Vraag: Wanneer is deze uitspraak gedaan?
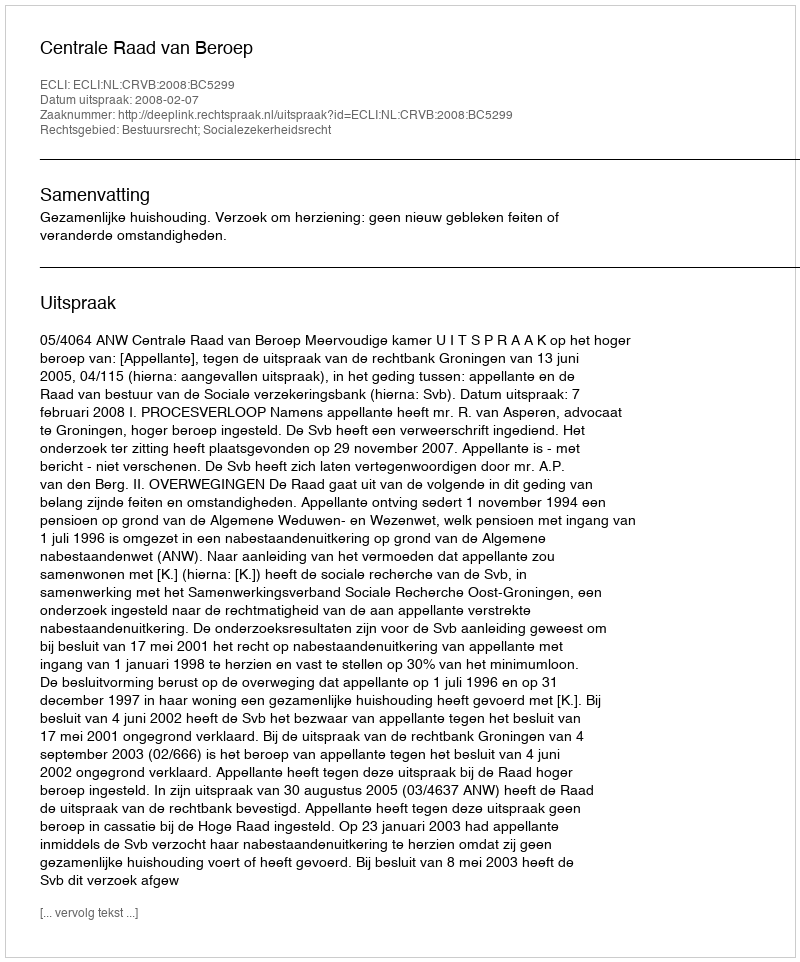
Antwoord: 2008-02-07